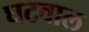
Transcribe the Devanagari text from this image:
घटवाल